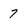
Character: 7